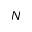
N